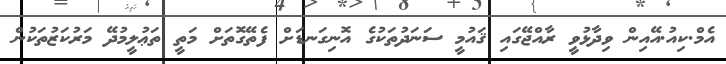
އެމް.ކިއު.އޭއިން ވިދާޅުވީ ރާއްޖޭގައި ޤައުމީ ސަނަދުތަކުގެ އޮނިގަނޑަށް ފެތޭގޮތަށް މަތީ ތަޢުލީމުދޭ މަރުކަޒުތަކުން